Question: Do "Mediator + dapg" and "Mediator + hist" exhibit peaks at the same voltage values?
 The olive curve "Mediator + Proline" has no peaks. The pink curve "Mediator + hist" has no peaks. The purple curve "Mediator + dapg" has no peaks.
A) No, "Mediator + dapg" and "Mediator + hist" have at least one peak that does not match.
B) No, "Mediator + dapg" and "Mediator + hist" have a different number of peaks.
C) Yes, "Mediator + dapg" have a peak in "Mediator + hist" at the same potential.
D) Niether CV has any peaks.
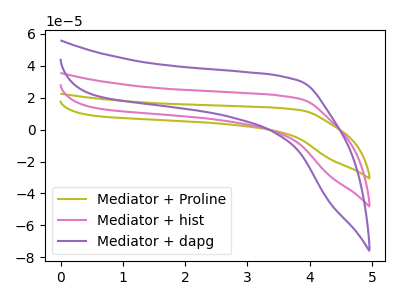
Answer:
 <answer>D) Niether CV has any peaks.</answer>
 <eval>D</eval>